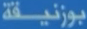
بوزنيقة